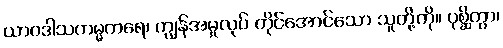
ယာဝဒါသကမ္မကရေ၊ ကျွန်အမှုလုပ် တိုင်အောင်သော သူတို့ကို။ ပုစ္ဆိတွာ၊